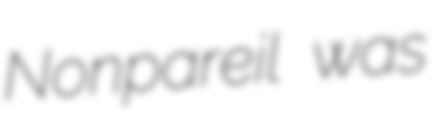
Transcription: Nonpareil was